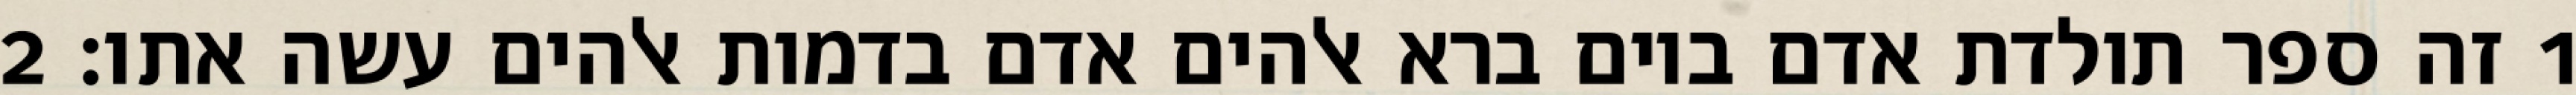
1 זה ספר תולדת אדם ביום ברא אלהים אדם בדמות אלהים עשה אתו׃ ‎2‏